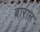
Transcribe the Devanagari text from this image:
बारान